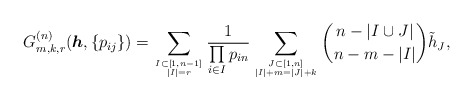
\begin{align*}G_{m,k,r}^{(n)}({\boldsymbol{h}},\{ p_{ij} \})=\sum_{I \subset [1,n-1] \atop |I|=r}{1 \over \prod\limits_{i \in I} p_{in} } \sum_{J \subset [1,n] \atop |I|+m=|J|+k} {n- | I \cup J | \choose n-m -|I|}{\tilde h}_{J},\end{align*}